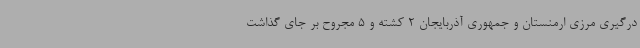
درگیری مرزی ارمنستان و جمهوری آذربایجان 2 کشته و 5 مجروح بر جای گذاشت